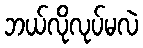
ဘယ်လိုလုပ်မလဲ